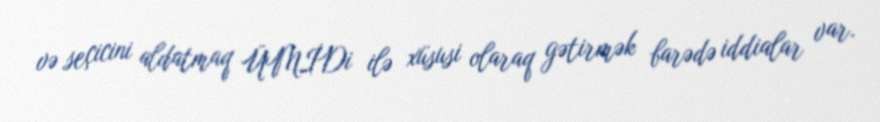
və seçicini aldatmaq ÜMİDi ilə xüsusi olaraq gətirmək barədə iddialar var.